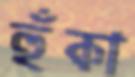
হুঁকা